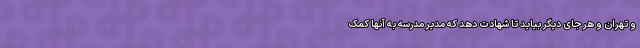
و تهران و هر جای دیگر بیاید تا شهادت دهد که مدیر مدرسه به آنها کمک